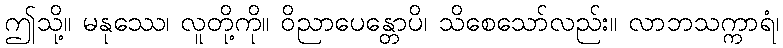
ဤသို့။ မနုဿေ၊ လူတို့ကို။ ဝိညာပေန္တောပိ၊ သိစေသော်လည်း။ လာဘသက္ကာရံ၊